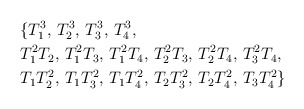
\begin{align*}&\{T_1^3,\, T_2^3,\, T_3^3,\,T_4^3, \\&T_1^2T_2,\,T_1^2T_3,\, T_1^2T_4,\, T_2^2T_3,\, T_2^2T_4,\, T_3^2T_4,\\&T_1T_2^2,\, T_1T_3^2,\, T_1T_4^2,\, T_2T_3^2,\, T_2T_4^2,\, T_3T_4^2\}\end{align*}